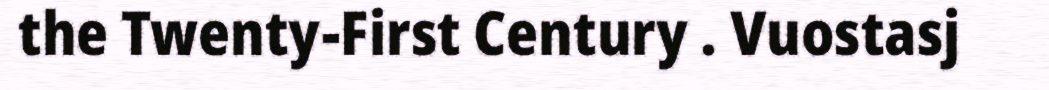
the Twenty-First Century . Vuostasj